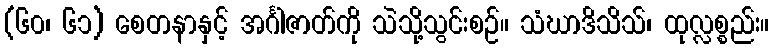
(၆၀၊ ၆၁) စေတနာနှင့် အင်္ဂါဇာတ်ကို သဲသို့သွင်းစဉ်။ သံဃာဒိသိသ်၊ ထုလ္လစ္စည်း။